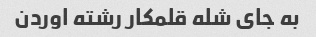
به جای شله قلمکار رشته اوردن